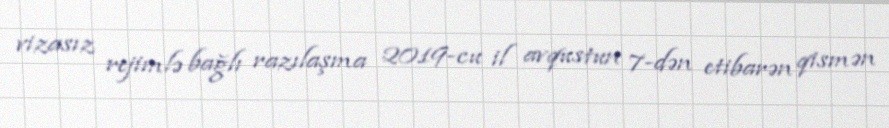
vizasız rejimlə bağlı razılaşma 2019-cu il avqustun 7-dən etibarən qismən